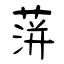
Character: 蓱